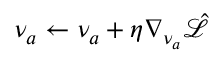
\nu _ { a } \gets \nu _ { a } + \eta \nabla _ { \nu _ { a } } \hat { \mathcal { L } }